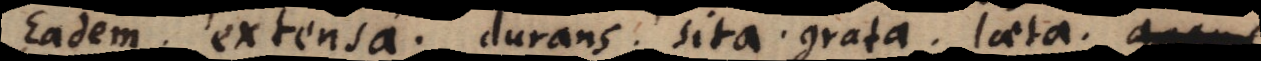
Eadem. extensa. durans. sita. grata. laeta. agens